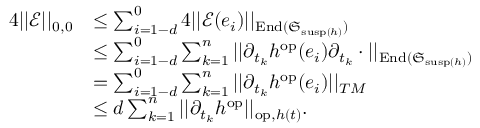
\begin{array} { r l } { 4 | | \mathcal { E } | | _ { 0 , 0 } } & { \leq \sum _ { i = 1 - d } ^ { 0 } 4 | | \mathcal { E } ( e _ { i } ) | | _ { \mathrm { E n d } ( \mathfrak { S } _ { \mathrm { s u s p } ( h ) } ) } } \\ & { \leq \sum _ { i = 1 - d } ^ { 0 } \sum _ { k = 1 } ^ { n } | | \partial _ { t _ { k } } h ^ { \mathrm { o p } } ( e _ { i } ) \partial _ { t _ { k } } \cdot | | _ { \mathrm { E n d } ( \mathfrak { S } _ { \mathrm { s u s p } ( h ) } ) } } \\ & { = \sum _ { i = 1 - d } ^ { 0 } \sum _ { k = 1 } ^ { n } | | \partial _ { t _ { k } } h ^ { \mathrm { o p } } ( e _ { i } ) | | _ { T M } } \\ & { \leq d \sum _ { k = 1 } ^ { n } | | \partial _ { t _ { k } } h ^ { \mathrm { o p } } | | _ { \mathrm { o p } , h ( t ) } . } \end{array}